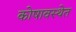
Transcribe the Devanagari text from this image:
कोषावस्थेत